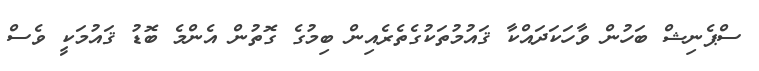
ސްޕެނިޝް ބަހުން ވާހަކަދައްކާ ޤައުމުތަކުގެތެރެއިން ބިމުގެ ގޮތުން އެންމެ ބޮޑު ޤައުމަކީ ވެސް